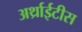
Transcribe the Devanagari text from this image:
अर्थ्राईटीस